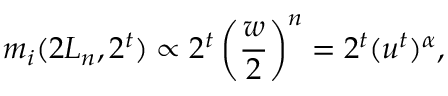
m _ { i } ( 2 L _ { n } , 2 ^ { t } ) \propto 2 ^ { t } \left( \frac { w } { 2 } \right) ^ { n } = 2 ^ { t } ( u ^ { t } ) ^ { \alpha } ,